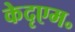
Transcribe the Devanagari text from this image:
केदृएम॰